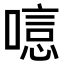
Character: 𠻫